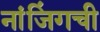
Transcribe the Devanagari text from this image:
नांजिंगची